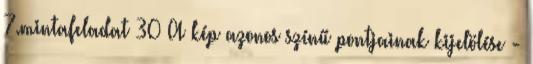
7.mintafeladat 30 A kép azonos színű pontjainak kijelölése -